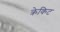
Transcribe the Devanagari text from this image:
क्रेकिट